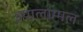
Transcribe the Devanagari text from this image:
इयालाम्मल